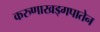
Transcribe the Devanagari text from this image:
करुणाखड्गपातेन